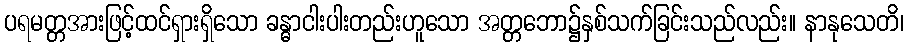
ပရမတ္တအားဖြင့်ထင်ရှားရှိသော ခန္ဓာငါးပါးတည်းဟူသော အတ္တဘော၌နှစ်သက်ခြင်းသည်လည်း။ နာနုသေတိ၊